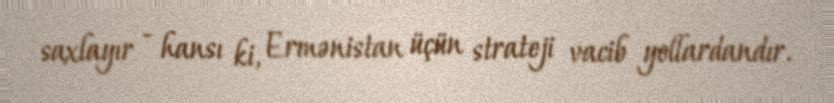
saxlayır - hansı ki, Ermənistan üçün strateji vacib yollardandır.